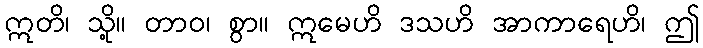
ဣတိ၊ သို့။ တာဝ၊ စွာ။ ဣမေဟိ ဒသဟိ အာကာရေဟိ၊ ဤ